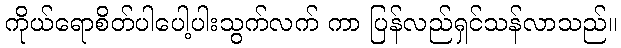
ကိုယ်ရောစိတ်ပါပေါ့ပါးသွက်လက် ကာ ပြန်လည်ရှင်သန်လာသည်။